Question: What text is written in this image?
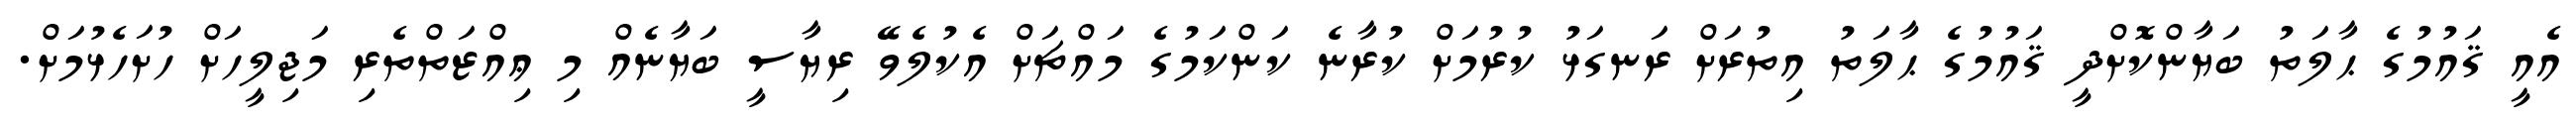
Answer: އެއީ ޤައުމުގެ ޙާލަތު ބަޔާންކޮށްދީ ޤައުމުގެ ޙާލަތު އިތުރަށް ރަނގަޅު ކުރުމަށް ކުރާނެ ކަންކަމުގެ މައްޗަށް އެކުލެވޭ ރިޔާސީ ބަޔާނެއް މި ޢިއްޒަތްތެރި މަޖިލީހަށް ހުށަހެޅުމަށް.